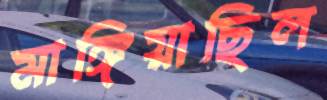
মাঙ্গিয়াছিল